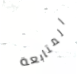
المتابعة